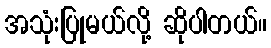
အသုံးပြုမယ်လို့ ဆိုပါတယ်။